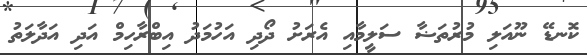
ކޮނޑޭ ނޫއަލި މުރުތަޟާ ސަލީމާއި އެރަށު ދޯދި އަހުމަދު އިބްރާހިމް އަދި އަދާލަތު